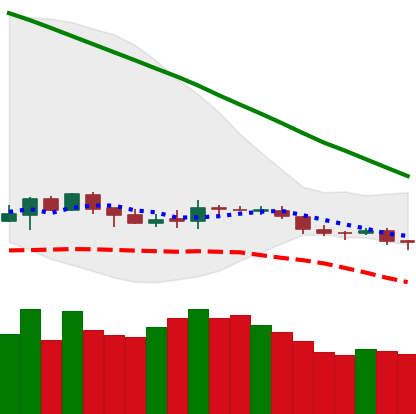
Ticker: BNB-USD
Chart end date: 2019-12-15
Forward return: -6.347%
Label: down_5_7